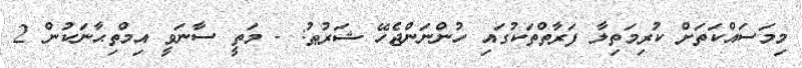
މިމަސައްކަތަށް ކުރިމަތިލާ ފަރާތްތަކުގައި ހުންނަންޖެހޭ ޝަރުޠު: - މަތީ ސާނަވީ އިމްތިޙާނަކުން 2